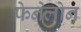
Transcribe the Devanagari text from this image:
फेनेलोन